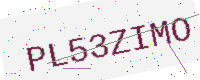
Text: PL53ZIMO